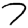
Digit: 7